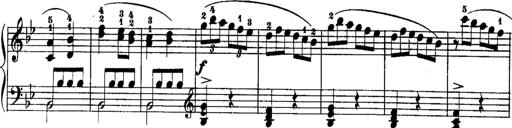
Title: Rondos and Sonatinas for Pianoforte
Composer: Daniel Steibelt